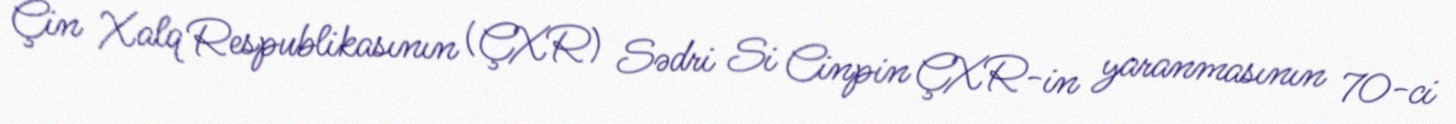
Çin Xalq Respublikasının (ÇXR) Sədri Si Cinpin ÇXR-in yaranmasının 70-ci